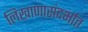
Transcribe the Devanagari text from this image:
लिखाणासंदर्भात